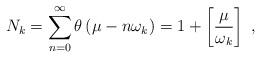
LaTeX: \begin{align*}N_{k}=\sum_{n=0}^{\infty }\theta \left( \mu -n\omega _{k}\right) =1+\left[ \frac{\mu }{\omega _{k}}\right] \,\,, \end{align*}